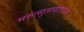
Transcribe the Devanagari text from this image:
मरुत्सुतावताराय